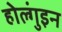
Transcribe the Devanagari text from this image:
होल्गुंइन